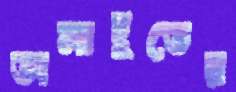
অনাহূতের